Civil Veterinary Department. Madras. Admin. report 1910-25 - 1910-1925
Year: 1910
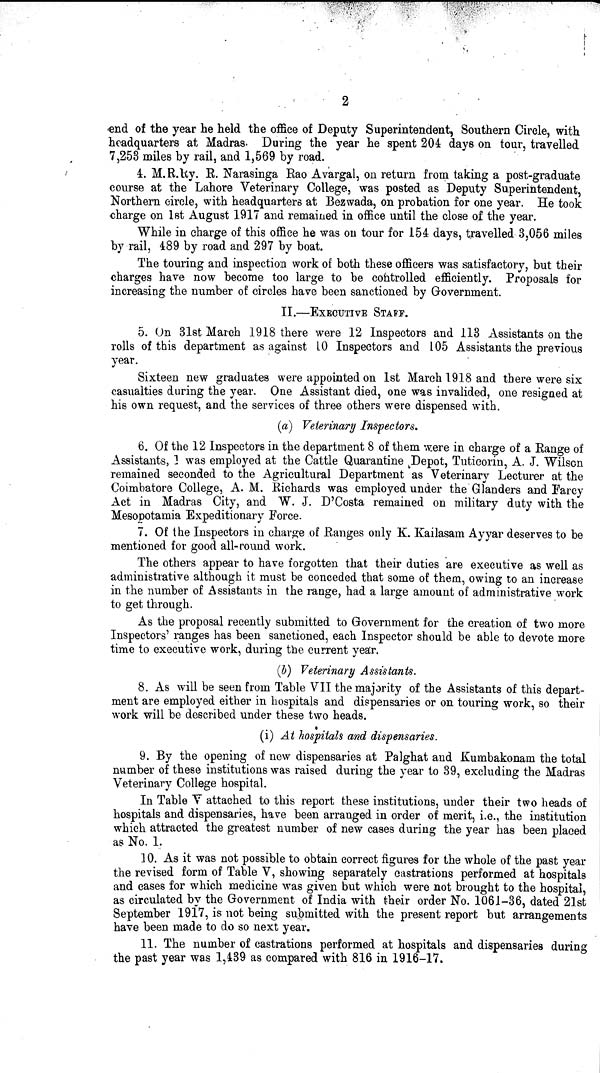
2
end of the year he held the office of Deputy Superintendent, Southern Circle, with
headquarters at Madras. During the year he spent 204 days on tour, travelled
7,253 miles by rail, and 1,569 by road.
4. M.R.Ry. R. Narasinga Rao Avargal, on return from taking a post-graduate
course at the Lahore Veterinary College, was posted as Deputy Superintendent,
Northern circle, with headquarters at Bezwada, on probation for one year. He took
charge on 1st August 1917 and remained in office until the close of the year.
While in charge of this office he was on tour for 154 days, travelled 3,056 miles
by rail, 489 by road and 297 by boat.
The touring and inspection work of both these officers was satisfactory, but their
charges have now become too large to be controlled efficiently. Proposals for
increasing the number of circles have been sanctioned by Government.
II.—EXECUTIVE STAFF.
5. On 3lst March 1918 there were 12 Inspectors and 113 Assistants on the
rolls of this department as against 10 Inspectors and 105 Assistants the previous
year.
Sixteen new graduates were appointed on 1st March 1918 and there were six
casualties during the year. One Assistant died, one was invalided, one resigned at
his own request, and the services of three others were dispensed with.
(a) Veterinary Inspectors,
6. Of the 12 Inspectors in the department 8 of them were in charge of a Range of
Assistants, 1 was employed at the Cattle Quarantine Depot, Tuticorin, A. J. Wilson
remained seconded to the Agricultural Department as Veterinary Lecturer at the
Coimbatore College, A. M. Richards was employed under the Glanders and Farcy
Act in Madras City, and W. J. D'Costa remained on military duty with the
Mesopotamia Expeditionary Force.
7. Of the Inspectors in charge of Ranges only K. Kailasam Ayyar deserves to be
mentioned for good all-round work.
The others appear to have forgotten that their duties are executive as well as
administrative although it must be conceded that some of them, owing to an increase
in the number of Assistants in the range, had a large amount of administrative work
to get through.
As the proposal recently submitted to Government for the creation of two more
Inspectors' ranges has been sanctioned, each Inspector should be able to devote more
time to executive work, during the current year.
(b) Veterinary Assistants.
8. As will be seen from Table VII the majority of the Assistants of this depart-
ment are employed either in hospitals and dispensaries or on touring work, so their
work will be described under these two heads.
(i) At hospitals and dispensaries.
9. By the opening of new dispensaries at Palghat and Kumbakonam the total
number of these institutions was raised during the year to 39, excluding the Madras
Veterinary College hospital.
In Table V attached to this report these institutions, under their two heads of
hospitals and dispensaries, have been arranged in order of merit, i.e., the institution
which attracted the greatest number of new cases during the year has been placed
as No. 1.
10. As it was not possible to obtain correct figures for the whole of the past year
the revised form of Table V, showing separately castrations performed at hospitals
and cases for which medicine was given but which were not brought to the hospital,
as circulated by the Government of India with their order No. 1061-36, dated 21st
September 1917, is not being submitted with the present report but arrangements
have been made to do so next year.
11. The number of castrations performed at hospitals and dispensaries during
the past year was 1,439 as compared with 816 in 1916-17.